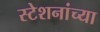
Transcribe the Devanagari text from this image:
स्टेशनांच्या